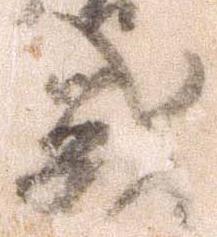
戦